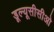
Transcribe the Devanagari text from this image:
डूल्यूसीसीओ